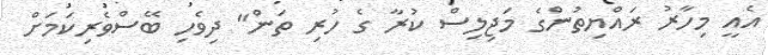
އެއީ މިހާރު ރައްޔިތުންގެ މަޖިލިސް ކުރާ ގެ ހުރި ތަން" ދިވެހި ބޭސްވެރިކަމަށް